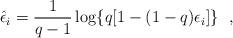
LaTeX: \begin{align*}\hat\epsilon_i=\frac{1}{q-1} \log\{q [1-(1-q) \epsilon_i]\} \ \ ,\end{align*}